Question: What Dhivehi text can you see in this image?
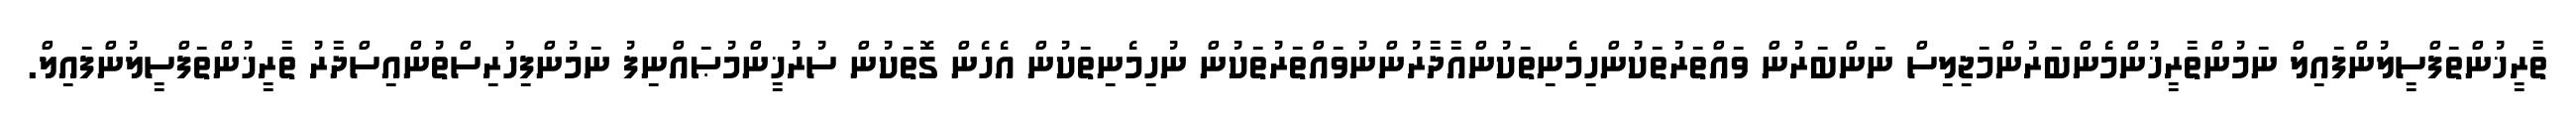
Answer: ތާރީޚުންތަފްސީލުންފައިލް ނަމުންތާރީޚުންމެންބަރުންމަޖިލިސް ނަންބަރުން ވައްތަރުތަކުންހިމެނިތަކުންއާދާރުންނުވައްތަރުތަކުން ނުހިމެނިތަކުން އެހެން ގޮތަކުން ސުރުޚީންމުޞައްނިފު ނަމުންފިހުރިސްތުންއިސްދާރު ތާރީޚުންތަފްސީލުންފައިލް.